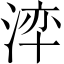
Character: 𭰺